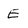
Character: E